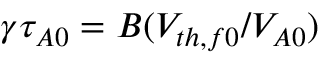
\gamma \tau _ { A 0 } = B ( V _ { t h , f 0 } / V _ { A 0 } )